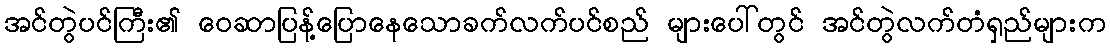
အင်တွဲပင်ကြီး၏ ဝေဆာပြန့်ပြောနေသောခက်လက်ပင်စည် များပေါ်တွင် အင်တွဲလက်တံရှည်များက